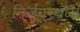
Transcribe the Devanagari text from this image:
निर्जनस्थळी